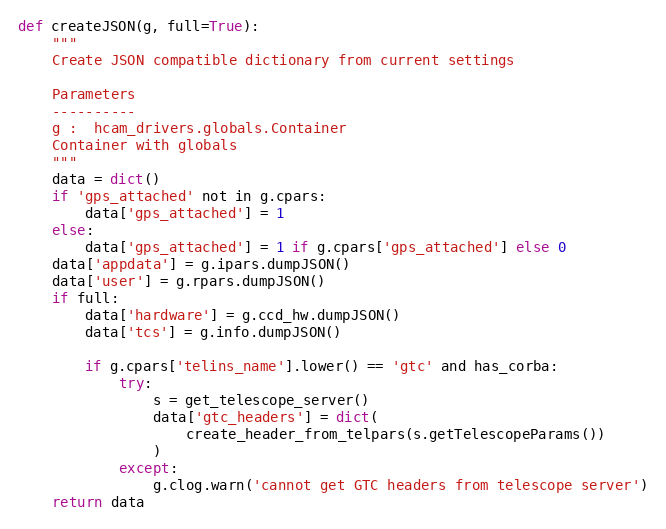
Language: Python
def createJSON(g, full=True):
    """
    Create JSON compatible dictionary from current settings

    Parameters
    ----------
    g :  hcam_drivers.globals.Container
    Container with globals
    """
    data = dict()
    if 'gps_attached' not in g.cpars:
        data['gps_attached'] = 1
    else:
        data['gps_attached'] = 1 if g.cpars['gps_attached'] else 0
    data['appdata'] = g.ipars.dumpJSON()
    data['user'] = g.rpars.dumpJSON()
    if full:
        data['hardware'] = g.ccd_hw.dumpJSON()
        data['tcs'] = g.info.dumpJSON()

        if g.cpars['telins_name'].lower() == 'gtc' and has_corba:
            try:
                s = get_telescope_server()
                data['gtc_headers'] = dict(
                    create_header_from_telpars(s.getTelescopeParams())
                )
            except:
                g.clog.warn('cannot get GTC headers from telescope server')
    return data